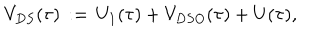
V _ { D S } ( \tau ) \, : = \, U _ { 1 } ( \tau ) + { V } _ { D S O } ( \tau ) + U ( \tau ) ,